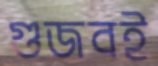
গুজবই